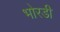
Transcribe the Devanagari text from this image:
भोरडी